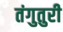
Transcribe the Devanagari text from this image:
तंगुतुरी